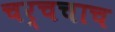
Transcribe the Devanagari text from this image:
चर्चचाच